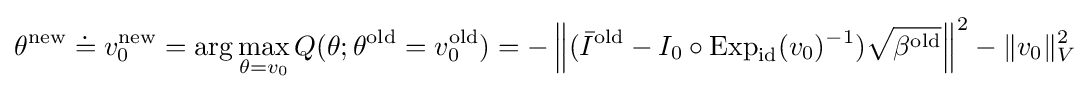
\theta ^{\text{new}}\doteq v_{0}^{\text{new}}=\arg \max _{\theta =v_{0}}Q(\theta ;\theta ^{\text{old}}=v_{0}^{\text{old}})=-\left\|({\bar {I}}^{\text{old}}-I_{0}\circ \operatorname {Exp} _{\mathrm {id} }(v_{0})^{-1}){\sqrt {\beta ^{\text{old}}}}\right\|^{2}-\|v_{0}\|_{V}^{2}